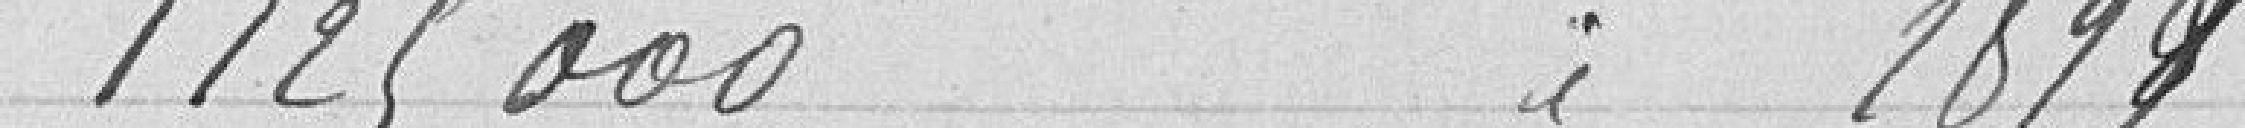
1125000 idem 1899